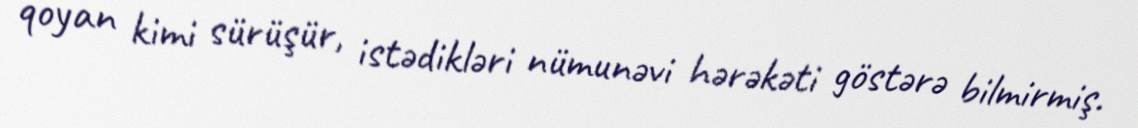
qoyan kimi sürüşür, istədikləri nümunəvi hərəkəti göstərə bilmirmiş.